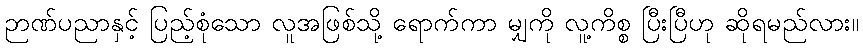
ဉာဏ်ပညာနှင့် ပြည့်စုံသော လူအဖြစ်သို့ ရောက်ကာ မျှကို လူ့ကိစ္စ ပြီးပြီဟု ဆိုရမည်လား။